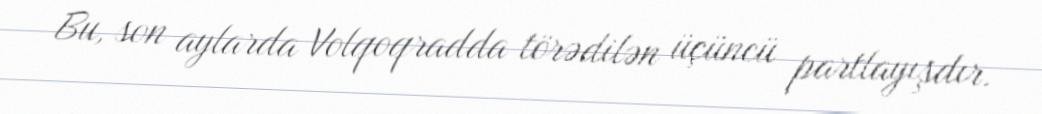
Bu, son aylarda Volqoqradda törədilən üçüncü partlayışdır.